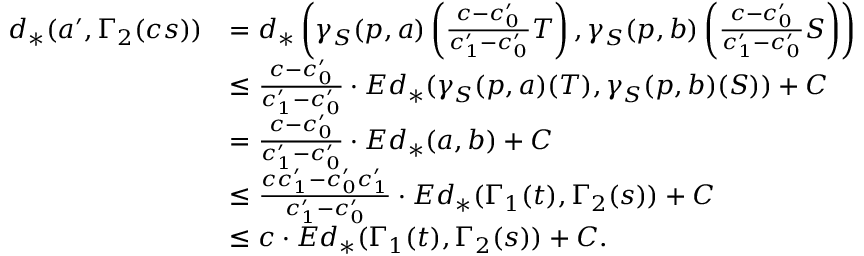
\begin{array} { r l } { d _ { * } ( a ^ { \prime } , \Gamma _ { 2 } ( c s ) ) } & { = d _ { * } \left( \gamma _ { S } ( p , a ) \left( \frac { c - c _ { 0 } ^ { \prime } } { c _ { 1 } ^ { \prime } - c _ { 0 } ^ { \prime } } T \right) , \gamma _ { S } ( p , b ) \left( \frac { c - c _ { 0 } ^ { \prime } } { c _ { 1 } ^ { \prime } - c _ { 0 } ^ { \prime } } S \right) \right) } \\ & { \leq \frac { c - c _ { 0 } ^ { \prime } } { c _ { 1 } ^ { \prime } - c _ { 0 } ^ { \prime } } \cdot E d _ { * } ( \gamma _ { S } ( p , a ) ( T ) , \gamma _ { S } ( p , b ) ( S ) ) + C } \\ & { = \frac { c - c _ { 0 } ^ { \prime } } { c _ { 1 } ^ { \prime } - c _ { 0 } ^ { \prime } } \cdot E d _ { * } ( a , b ) + C } \\ & { \leq \frac { c c _ { 1 } ^ { \prime } - c _ { 0 } ^ { \prime } c _ { 1 } ^ { \prime } } { c _ { 1 } ^ { \prime } - c _ { 0 } ^ { \prime } } \cdot E d _ { * } ( \Gamma _ { 1 } ( t ) , \Gamma _ { 2 } ( s ) ) + C } \\ & { \leq c \cdot E d _ { * } ( \Gamma _ { 1 } ( t ) , \Gamma _ { 2 } ( s ) ) + C . } \end{array}